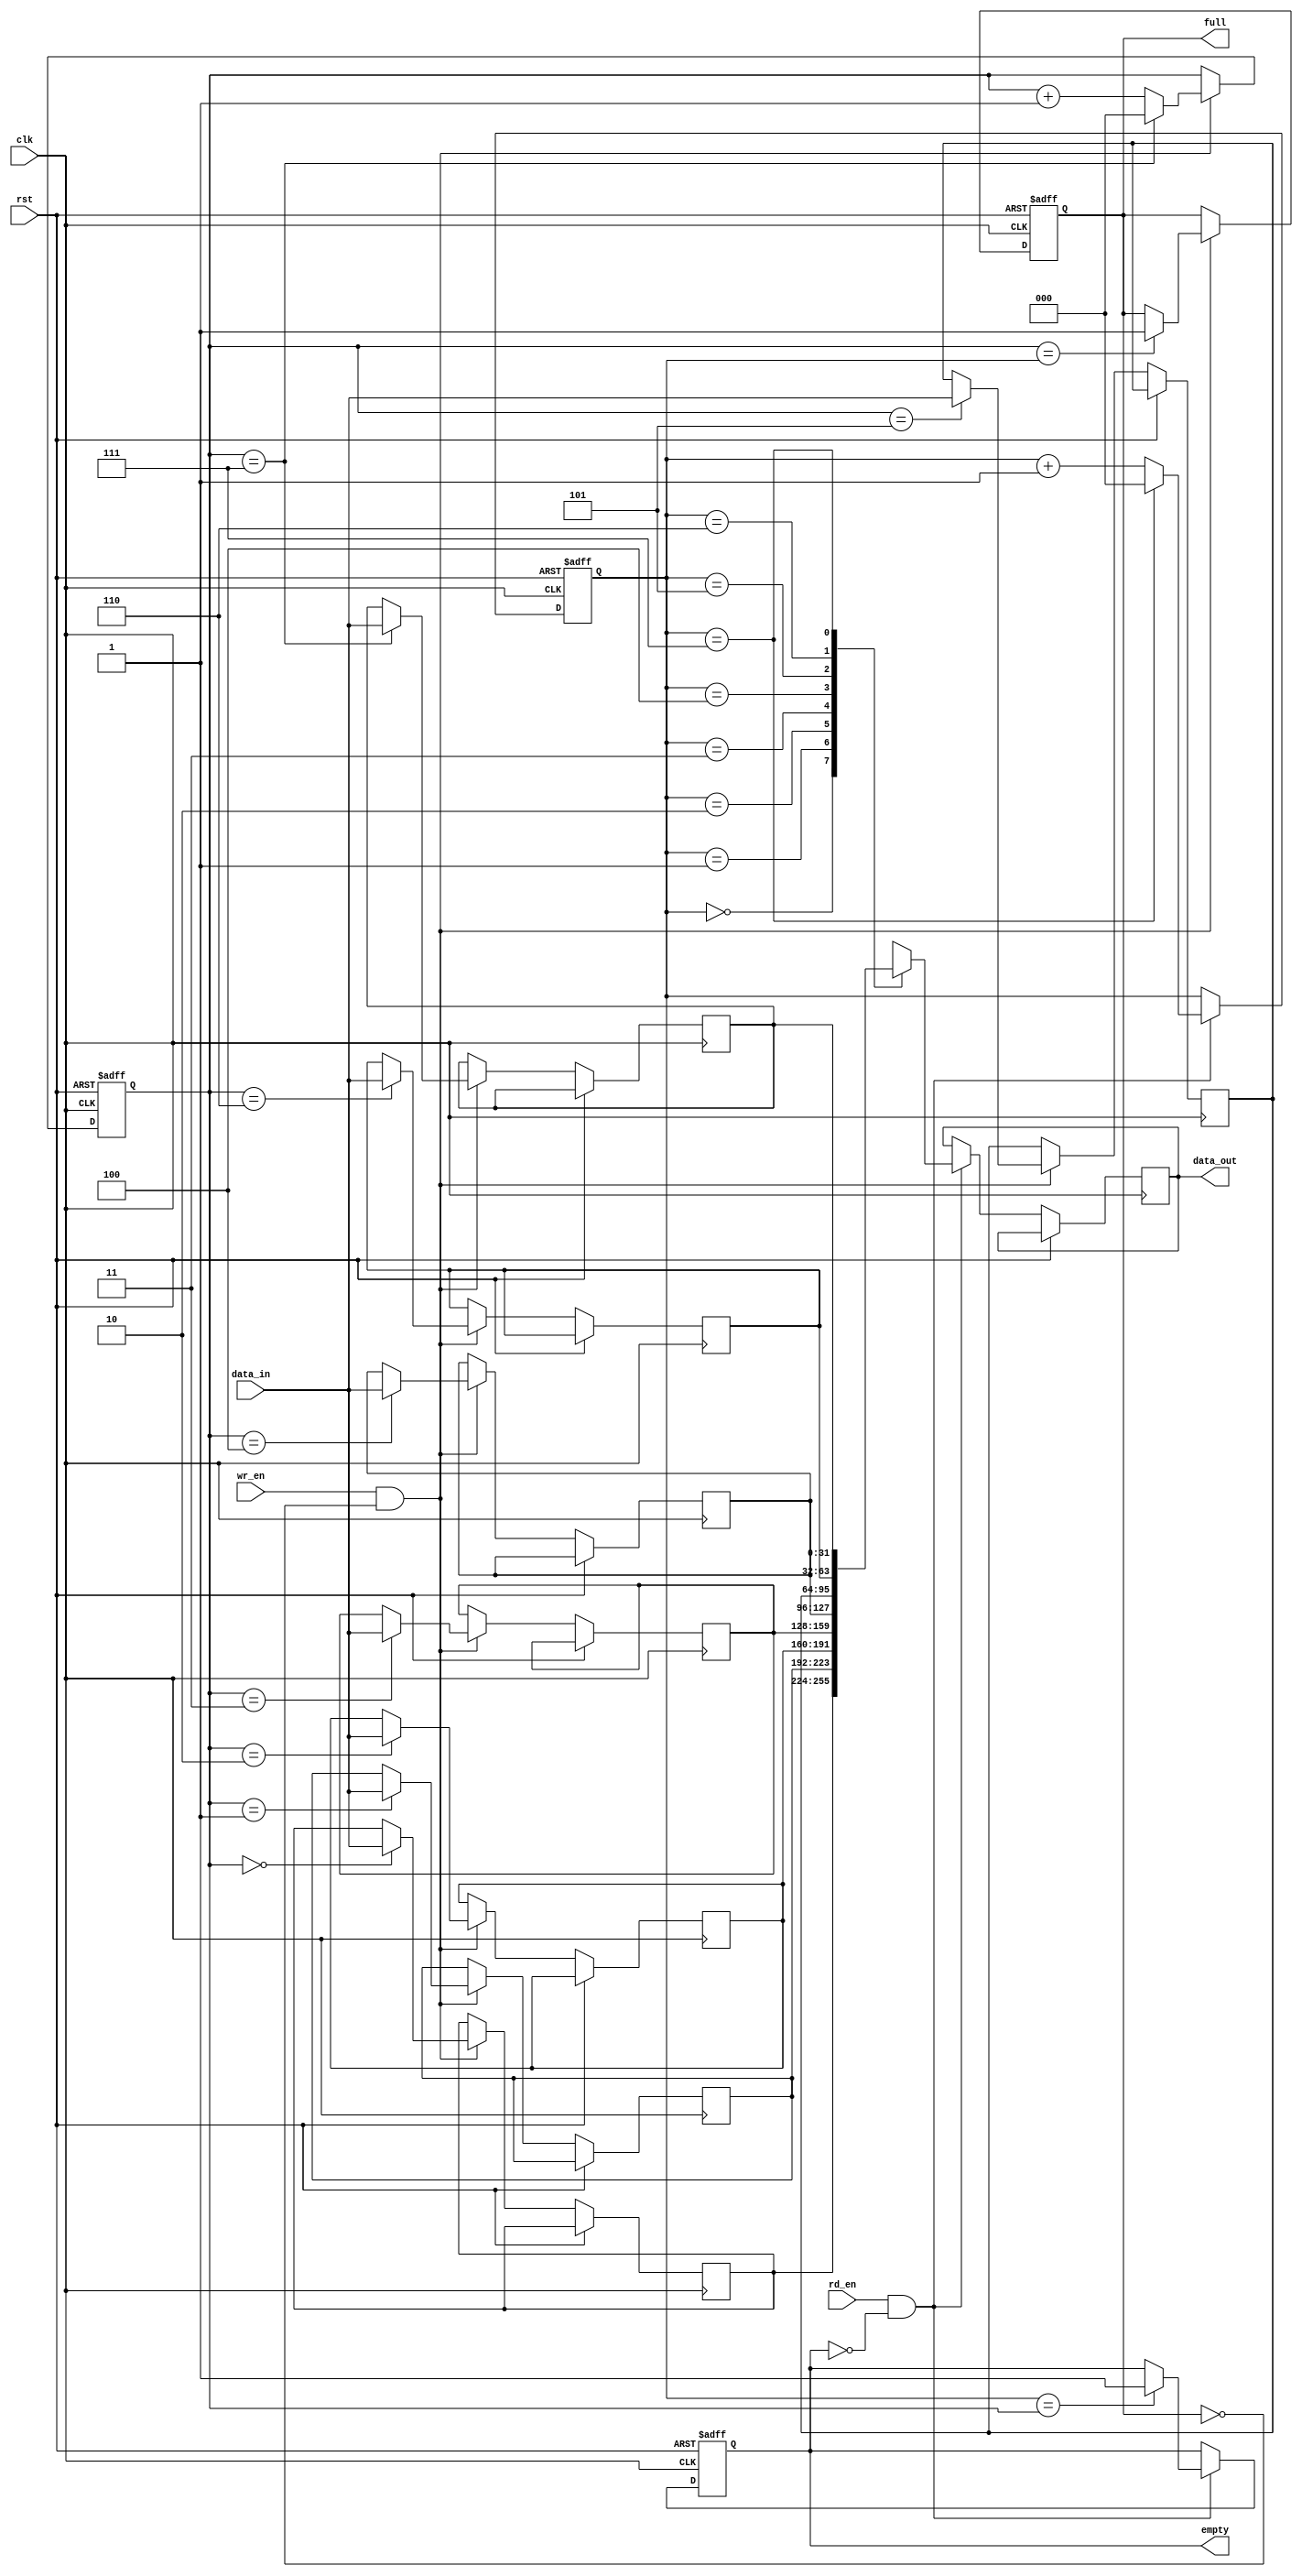
`timescale 1ns / 1ps
//////////////////////////////////////////////////////////////////////////////////
// Company: 
// Engineer: 
// 
// Design Name: 
// Module Name: fifo_32x8
// Project Name: 
// Target Devices: 
// Tool Versions: 
// Description: 
// 
// Dependencies: 
// 
// Revision:
// Revision 0.01 - File Created
// Additional Comments:
// 
//////////////////////////////////////////////////////////////////////////////////
module fifo_32x8 (
    input wire clk,           // Clock input
    input wire rst,           // Reset input
    input wire wr_en,         // Write enable input
    input wire rd_en,         // Read enable input
    input wire [31:0] data_in, // Data input
    output reg [31:0] data_out, // Data output
    output reg empty,         // Empty flag
    output reg full           // Full flag
);

parameter DEPTH = 8;          // Depth of the FIFO

reg [31:0] mem [0:DEPTH-1];
reg [2:0] wr_ptr, rd_ptr;

always @(posedge clk or posedge rst) begin
    if (rst) begin
        wr_ptr <= 0;
        rd_ptr <= 0;
        empty <= 1;
        full <= 0;
    end else begin
        if (wr_en && ~full) begin
            mem[wr_ptr] <= data_in;
            wr_ptr <= wr_ptr + 1;
            if (wr_ptr == DEPTH - 1)
                wr_ptr <= 0;
            if (wr_ptr == rd_ptr)
                full <= 1;
        end
        if (rd_en && ~empty) begin
            data_out <= mem[rd_ptr];
            rd_ptr <= rd_ptr + 1;
            if (rd_ptr == DEPTH - 1)
                rd_ptr <= 0;
            if (rd_ptr == wr_ptr)
                empty <= 1;
        end
    end
end

endmodule